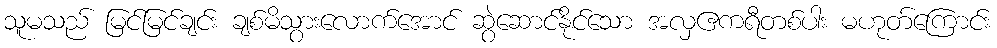
သူမသည် မြင်မြင်ချင်း ချစ်မိသွားလောက်အောင် ဆွဲဆောင်နိုင်သော အလှဧကရီတစ်ပါး မဟုတ်ကြောင်း